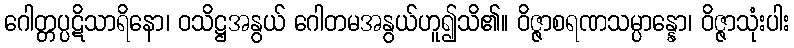
ဂေါတ္တပ္ပဋိသာရိနော၊ ဝသိဋ္ဌအနွယ် ဂေါတမအနွယ်ဟူ၍သိ၏။ ဝိဇ္ဇာစရဏသမ္ပာန္နော၊ ဝိဇ္ဇာသုံးပါး